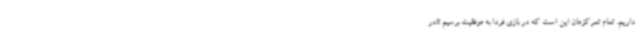
داریم. تمام تمرکزمان این است که در بازی فردا به موفقیت برسیم تادر